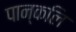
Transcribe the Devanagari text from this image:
पान्कलि